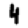
Digit: 4